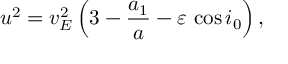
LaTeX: u ^ { 2 } = v _ { E } ^ { 2 } \left( 3 - \frac { a _ { 1 } } { a } - \varepsilon \, \cos i _ { 0 } \right) ,